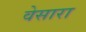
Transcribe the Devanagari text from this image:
वेसारा